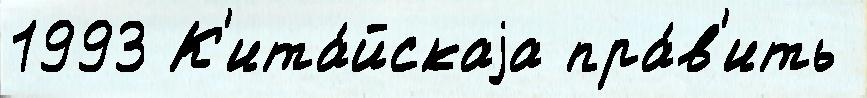
1993 К'ита́йскаjа пра́в'ить